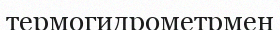
термогидрометрмен